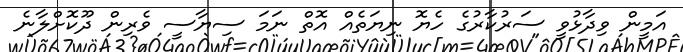
އަމީން ވިދާޅުވީ ސަރުކާރުގެ ހެޔޮ ނިޔަތެއް އޮތް ނަމަ ސިޔާސީ ވެރިން ދޫކޮށްލާނެ